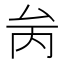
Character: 𠫧